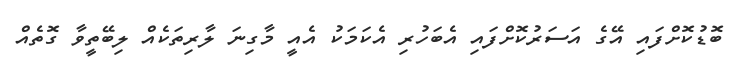
ބޮޑުކޮށްފައި އޭގެ އަސަރުކޮށްފައި އެބަހުރި އެކަމަކު އެއީ މާގިނަ ލާރިތަކެއް ލިބޭތީވާ ގޮތެއް